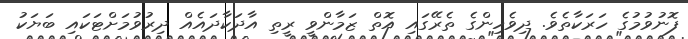
ފޮނުވުމުގެ ހަރަކާތެވެ. ދިވެހިންގެ ތެރޭގައި އޮތް ޒަމާންވީ ރީތި އާދަކާދައެއް ދިރުވުމަށްޓަކައި ބަޔަކު